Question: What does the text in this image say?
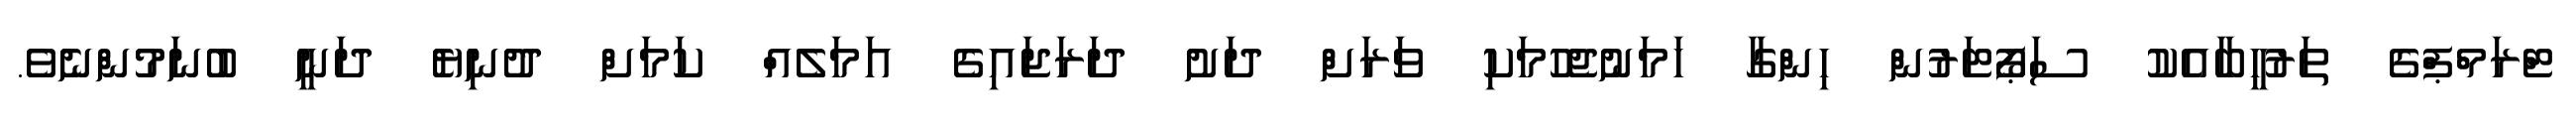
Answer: ޓްރަމްޕްގެ ތަރުހީބާއެކު ސަޕޯޓަރުން ހިންގާ ހަމަނުޖެހުމަކި ވަރަށް ދަށު ދަރަޖައިގެ އަމަލެއް ކަމަށް ދުނިޔެ ދަނީ ބުނަމުންނެވެ.